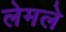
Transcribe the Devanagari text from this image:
लेमले